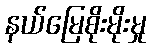
နယ်မြေစိုးမိုးမှု